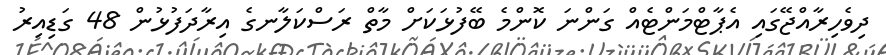
ދިވެހިރާއްޖޭގައި އެޕާޓްމަންޓެއް ގަންނަ ކޮންމެ ބޭފުޅަކަށް މާތް ރަސްކަލާނގެ އިރާދަފުޅުން 48 ގަޑިއިރު